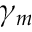
\gamma _ { m }